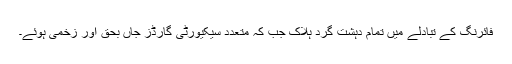
فائرنگ کے تبادلے میں تمام دہشت گرد ہلاک جب کہ متعدد سیکیورٹی گارڈز جاں بحق اور زخمی ہوئے۔